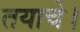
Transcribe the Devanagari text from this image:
तयाचे।